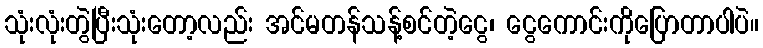
သုံးလုံးတွဲပြီးသုံးတော့လည်း အင်မတန်သန့်စင်တဲ့ငွေ၊ ငွေကောင်းကိုပြောတာပါပဲ။